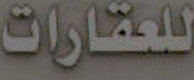
للعقارات